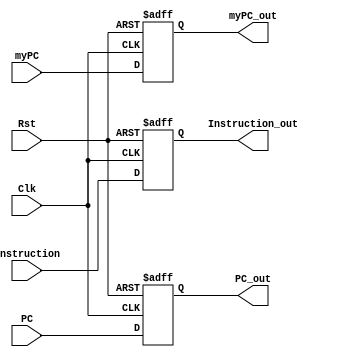
`timescale 1ns / 1ps

module IF_ID_Register(Clk, Rst, Instruction, PC, Instruction_out, PC_out, myPC, myPC_out);
    input Clk, Rst;
    input [31:0] Instruction;
    input [31:0] PC;
    input [31:0] myPC;
    output reg [31:0] Instruction_out;
    output reg [31:0] PC_out;
    output reg [31:0] myPC_out;

    always @(posedge Clk or posedge Rst) begin
        if (Rst) begin
            Instruction_out <= 0;
            PC_out <= 0;
            myPC_out <= 32'bx;
        end else begin
            PC_out <= PC;
            Instruction_out <= Instruction;
            myPC_out <= myPC;
        end
    end

endmodule